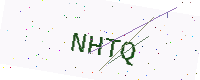
Text: NHTQ